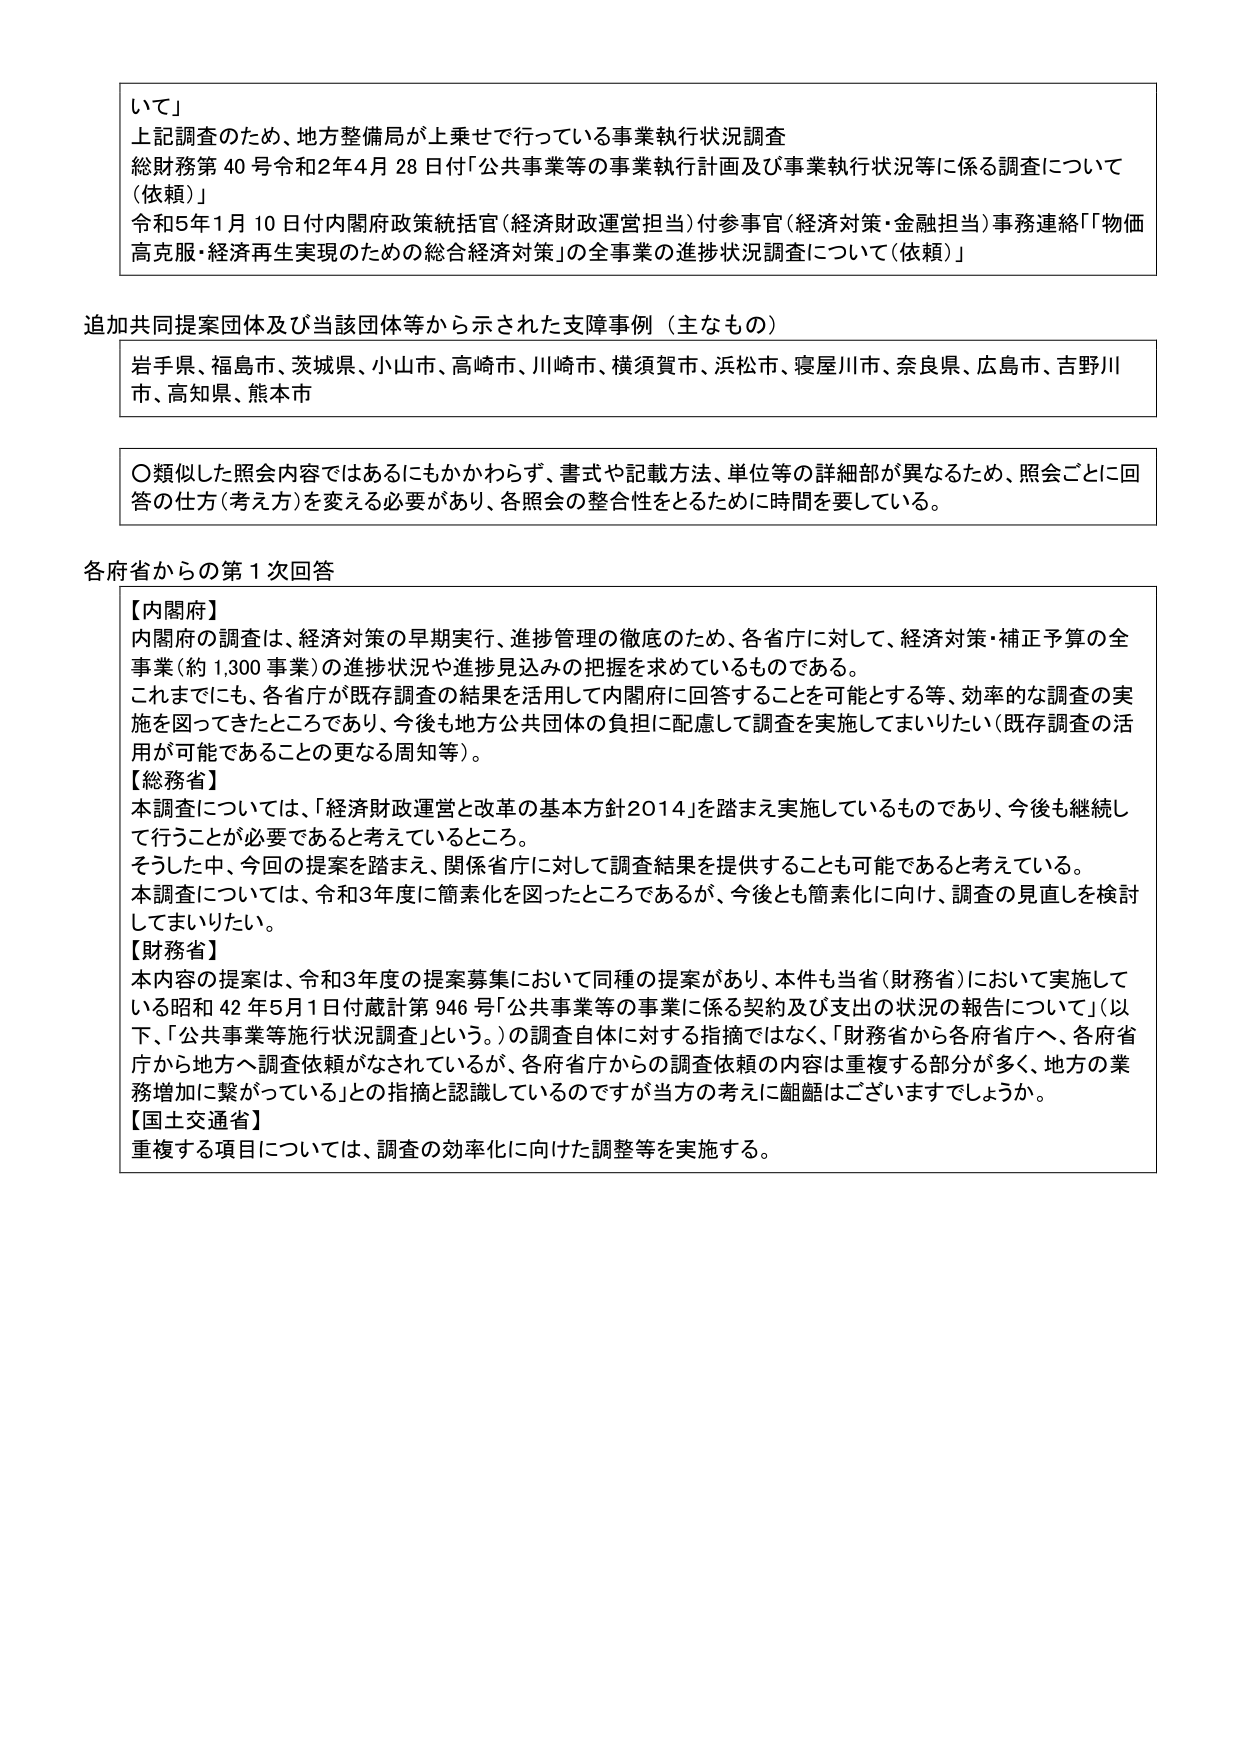
いて」
上記調査のため、地方整備局が上乗せで行っている事業執行状況調査
総財務第40号令和2年4月28日付「公共事業等の事業執行計画及び事業執行状況等に係る調査について
（依頼）」
令和5年1月10日付内閣府政策統括官（経済財政運営担当）付参事官（経済対策・金融担当）事務連絡「『物価
高克服・経済再生実現のための総合経済対策』の全事業の進捗状況調査について（依頼）」

追加共同提案団体及び当該団体等から示された支障事例（主なもの）
岩手県、福島市、茨城県、小山市、高崎市、川崎市、横須賀市、浜松市、寝屋川市、奈良県、広島市、吉野川
市、高知県、熊本市

〇類似した照会内容ではあるにもかかわらず、書式や記載方法、単位等の詳細部が異なるため、照会ごとに回
答の仕方（考え方）を変える必要があり、各照会の整合性をとるために時間を要している。

各府省からの第1次回答
【内閣府】
内閣府の調査は、経済対策の早期実行、進捗管理の徹底のため、各省庁に対して、経済対策・補正予算の全
事業（約1,300事業）の進捗状況や進捗見込みの把握を求めているものである。
これまでも、各省庁が既存調査の結果を活用して内閣府に回答することを可能とする等、効率的な調査の実
施を図ってきたところであり、今後も地方公共団体の負担に配慮して調査を実施してまいりたい（既存調査の活
用が可能であることの更なる周知等）。
【総務省】
本調査については、「経済財政運営と改革の基本方針2014」を踏まえ実施しているものであり、今後も継続し
て行うことが必要であると考えているところ。
そうした中、今回の提案を踏まえ、関係省庁に対して調査結果を提供することも可能であると考えている。
本調査については、令和3年度に簡素化を図ったところであるが、今後とも簡素化に向け、調査の見直しを検討
してまいりたい。
【財務省】
本内容の提案は、令和3年度の提案募集において同種の提案があり、本件も当省（財務省）において実施して
いる昭和42年5月1日付蔵計第946号「公共事業等の事業に係る契約及び支出の状況の報告について」（以
下、「公共事業等施行状況調査」という。）の調査自体に対する指摘ではなく、「財務省から各府省庁へ、各府省
庁から地方へ調査依頼がなされているが、各府省庁からの調査依頼の内容は重複する部分が多く、地方の業
務増加に繋がっている」との指摘と認識しているのですが当方の考えに齟齬はございますでしょうか。
【国土交通省】
重複する項目については、調査の効率化に向けた調整等を実施する。